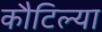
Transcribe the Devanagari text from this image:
कौटिल्या